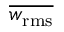
\overline { { w _ { \mathrm { r m s } } } }